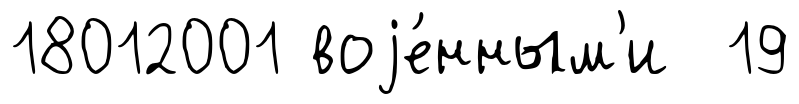
18012001 воjе́нным'и 19